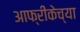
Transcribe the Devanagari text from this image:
आफ्रीकेच्या